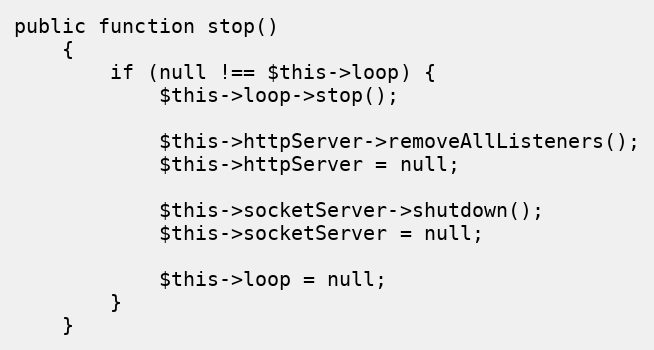
Language: PHP
public function stop()
    {
        if (null !== $this->loop) {
            $this->loop->stop();

            $this->httpServer->removeAllListeners();
            $this->httpServer = null;

            $this->socketServer->shutdown();
            $this->socketServer = null;

            $this->loop = null;
        }
    }